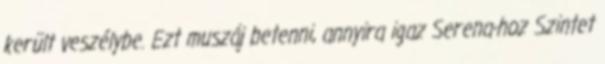
került veszélybe. Ezt muszáj betenni, annyira igaz Serena-hoz Szintet